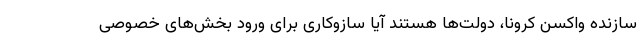
سازنده واکسن کرونا، دولت‌ها هستند آیا سازوکاری برای ورود بخش‌های خصوصی